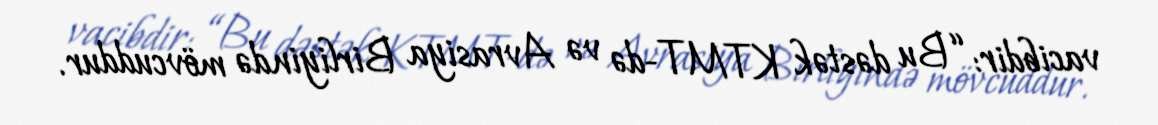
vacibdir: “Bu dəstək KTMT-də və Avrasiya Birliyində mövcuddur.